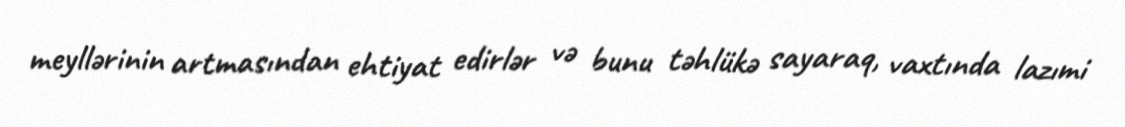
meyllərinin artmasından ehtiyat edirlər və bunu təhlükə sayaraq, vaxtında lazımi